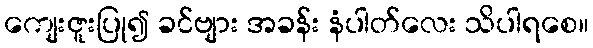
ကျေးဇူးပြု၍ ခင်ဗျား အခန်း နံပါတ်လေး သိပါရစေ။